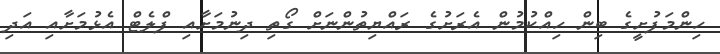
ހިންމަފުށީގެ ބިން ހިއްކުމުން އެރަށުގެ ރައްޔިތުންނަށް ގޯތި ދިނުމަށާއި ފްލެޓް އެޅުމަށާއި އަދި